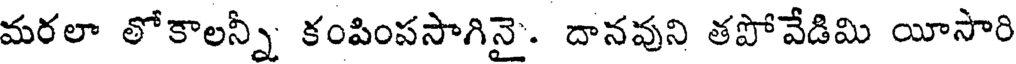
మరలా లోకాలన్నీ కంపింపసాగినై. దానవుని తపోవేడిమి యీసారి